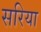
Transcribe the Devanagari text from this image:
सरिया